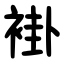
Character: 褂